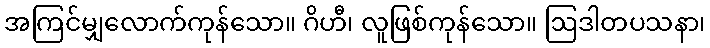
အကြင်မျှလောက်ကုန်သော။ ဂိဟီ၊ လူဖြစ်ကုန်သော။ ဩဒါတပသနာ၊